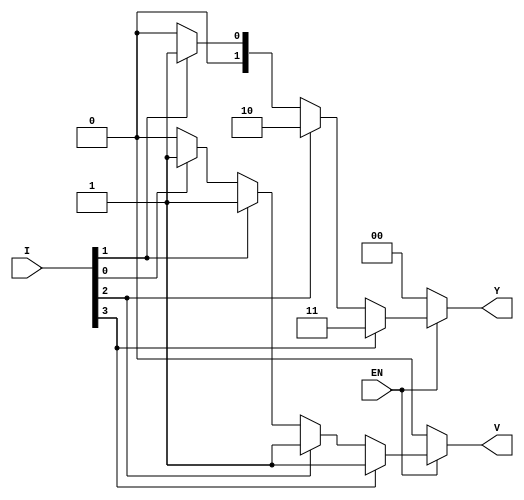
module priority_encoder (
    input wire [3:0] I,      // 4 input lines (I0 to I3)
    input wire EN,           // Enable signal
    output reg [1:0] Y,      // 2-bit output representing the highest priority active input
    output reg V             // Valid output signal
);

    always @(*) begin
        if (!EN) begin
            // If EN is not active, output should be defined as a specific state (0s here)
            Y = 2'b00; 
            V = 1'b0;      // No valid output
        end else begin
            // Default outputs
            Y = 2'b00;
            V = 1'b0;      // Initially assume no valid output

            // Priority encoding logic
            if (I[3]) begin
                Y = 2'b11;  // I3 is highest priority
                V = 1'b1;   // Valid output
            end
            else if (I[2]) begin
                Y = 2'b10;  // I2 is next highest priority
                V = 1'b1;   // Valid output
            end
            else if (I[1]) begin
                Y = 2'b01;  // I1 is next highest priority
                V = 1'b1;   // Valid output
            end
            else if (I[0]) begin
                Y = 2'b00;  // I0 is lowest priority
                V = 1'b1;   // Valid output
            end
        end
    end

endmodule